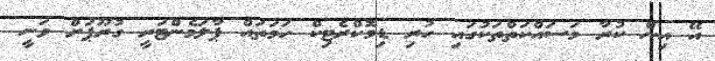
އޭ އިން ކުރާ މަސައްކަތްތަކުގައި ހުރި ޑިމޮކްރެޓިކް ހަމަތައް ޕާލަމެންޓަރީ ގުރޫޕަށް ވަނީ